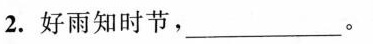
2.好雨知时节，___。